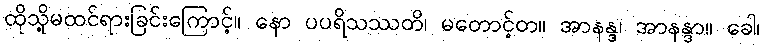
ထိုသို့မထင်ရားခြင်းကြောင့်။ နော ပပရိသဿတိ၊ မတောင့်တ။ အာနန္ဒ၊ အာနန္ဒာ။ ခေါ၊